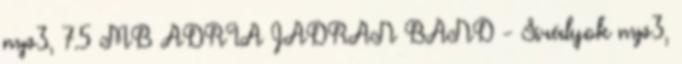
mp3, 7.5 MB ADRIA JADRAN BAND - Sirályok mp3,